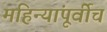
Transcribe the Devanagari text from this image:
महिन्यांपूर्वीच